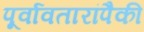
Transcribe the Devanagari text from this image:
पूर्वावतारांपैकी